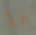
ما